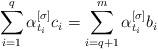
LaTeX: \begin{align*}\sum_{i=1}^q \alpha_{t_i}^{[\sigma]} c_i = \sum_{i=q+1}^m \alpha_{t_i}^{[\sigma]} b_i\end{align*}